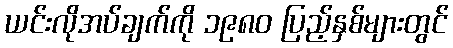
ယင်းလိုအပ်ချက်ကို ၁၉၈၀ ပြည့်နှစ်များတွင်